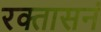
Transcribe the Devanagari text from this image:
रक्तासनं